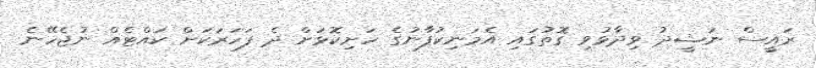
ރައީސް ނަޝީދު ވިދާޅުވި ގޮތުގައި އެމަނިކުފާނުގެ ހަށިކޮޅަށް ދެ ފަހަރަކަށް ކައްޓެއް ނުޖެހޭނެ